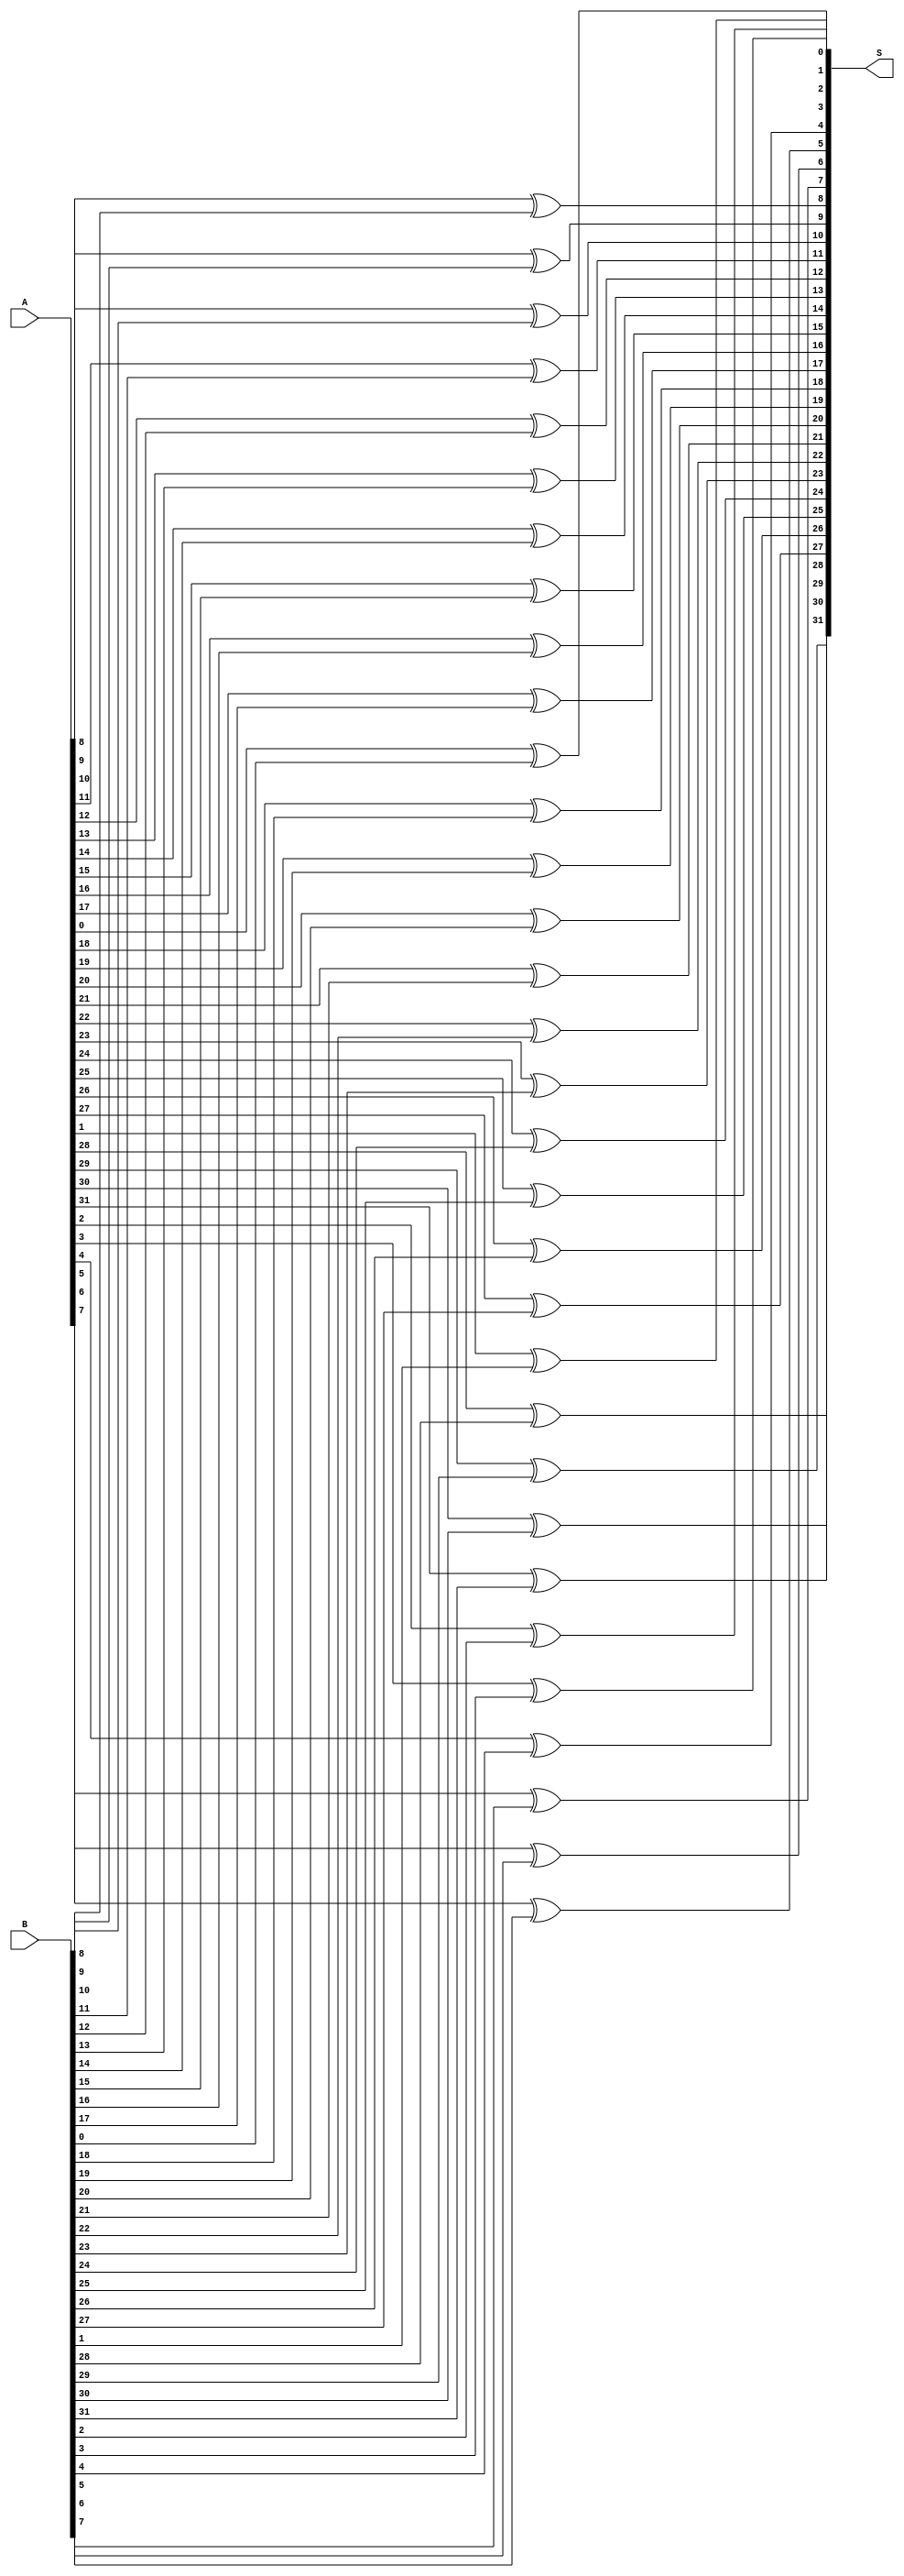
module xor_32(input [31:0] A, B, output [31:0] S); 
assign S[0]=A[0]^B[0];
assign S[1]=A[1]^B[1];
assign S[2]=A[2]^B[2];
assign S[3]=A[3]^B[3];
assign S[4]=A[4]^B[4];
assign S[5]=A[5]^B[5];
assign S[6]=A[6]^B[6];
assign S[7]=A[7]^B[7];
assign S[8]=A[8]^B[8];
assign S[9]=A[9]^B[9];
assign S[10]=A[10]^B[10];
assign S[11]=A[11]^B[11];
assign S[12]=A[12]^B[12];
assign S[13]=A[13]^B[13];
assign S[14]=A[14]^B[14];
assign S[15]=A[15]^B[15];
assign S[16]=A[16]^B[16];
assign S[17]=A[17]^B[17];
assign S[18]=A[18]^B[18];
assign S[19]=A[19]^B[19];
assign S[20]=A[20]^B[20];
assign S[21]=A[21]^B[21];
assign S[22]=A[22]^B[22];
assign S[23]=A[23]^B[23];
assign S[24]=A[24]^B[24];
assign S[25]=A[25]^B[25];
assign S[26]=A[26]^B[26];
assign S[27]=A[27]^B[27];
assign S[28]=A[28]^B[28];
assign S[29]=A[29]^B[29];
assign S[30]=A[30]^B[30];
assign S[31]=A[31]^B[31];
endmodule